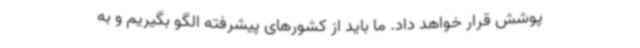
پوشش قرار خواهد داد. ما باید از کشورهای پیشرفته الگو بگیریم و به‌